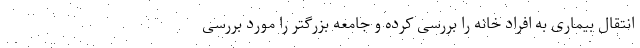
انتقال بیماری به افراد خانه را بررسی کرده و جامعه بزرگتر را مورد بررسی